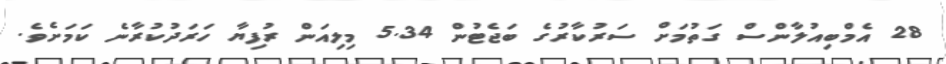
28 އެމްބިއުލާންސް ގަތުމަށް ސަރުކާރުގެ ބަޖެޓުން 5.34 މިލިއަން ރުފިޔާ ހަރަދުކުރާނެ ކަމަށެެވެ.